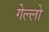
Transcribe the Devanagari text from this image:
गेल्‍लो